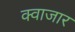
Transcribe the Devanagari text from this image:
क्वाजार